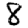
Digit: 8